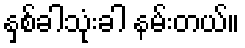
နှစ်ခါသုံးခါ နမ်းတယ်။